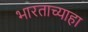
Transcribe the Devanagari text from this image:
भारताच्याहा